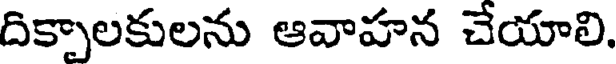
దిక్పాలకులను ఆవాహన చేయాలి.